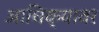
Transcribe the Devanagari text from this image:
आधिक्यावर